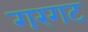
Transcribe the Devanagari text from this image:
गरगट